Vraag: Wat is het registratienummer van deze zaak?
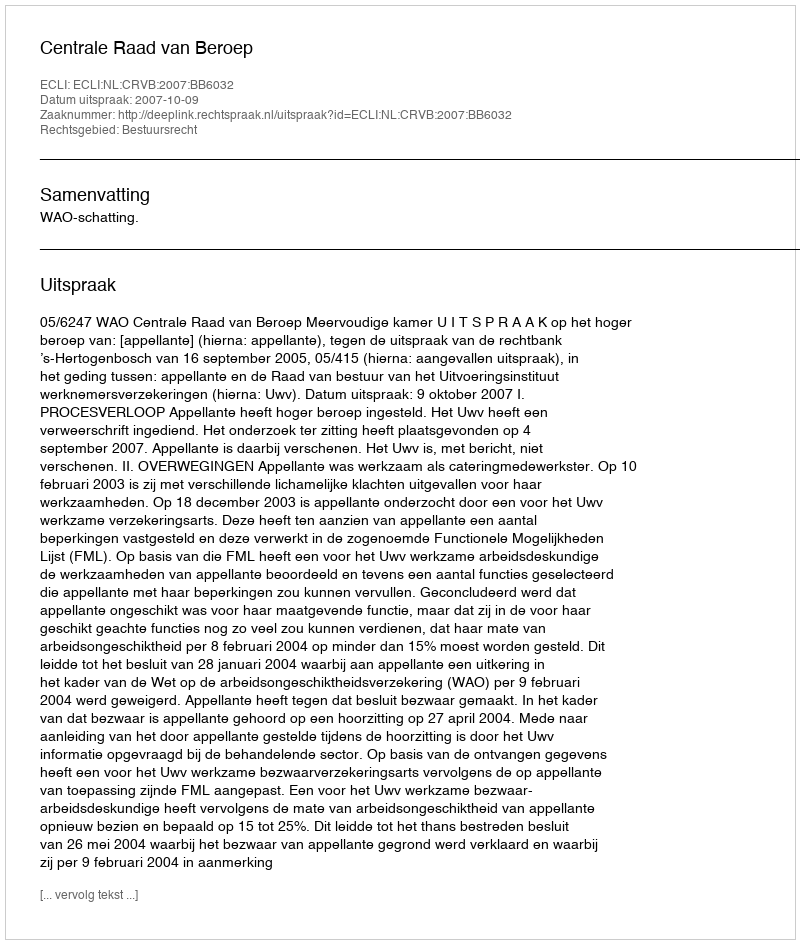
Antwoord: http://deeplink.rechtspraak.nl/uitspraak?id=ECLI:NL:CRVB:2007:BB6032